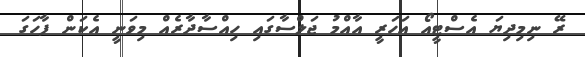
ރޭ ނިމިދިޔަ އެސްޓީއޯ އަހަރީ އާއްމު ޖަލްސާގައި ހިއްސާދާރެއް މިވަނީ އެކަން ފާހަގަ